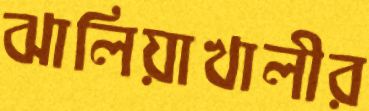
ঝালিয়াখালীর